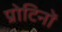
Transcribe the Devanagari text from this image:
प्रोटिनों